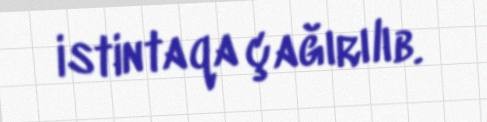
istintaqa çağırılıb.